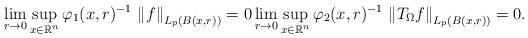
LaTeX: \begin{align*}\lim \limits_{r\rightarrow0}\sup \limits_{x\in{\mathbb{R}^{n}}}\varphi_{1}(x,r)^{-1}\, \left \Vert f\right \Vert _{L_{p}\left( B\left( x,r\right)\right) }=0\lim \limits_{r\rightarrow0}\sup \limits_{x\in{\mathbb{R}^{n}}}\varphi_{2}(x,r)^{-1}\, \left \Vert T_{\Omega}f\right \Vert_{L_{p}\left( B\left( x,r\right) \right) }=0.\end{align*}